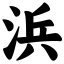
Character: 浜